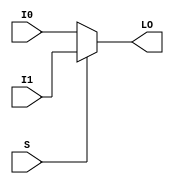
// $Header: /devl/xcs/repo/env/Databases/CAEInterfaces/verunilibs/data/unisims/MUXF6_L.v,v 1.11 2007/08/23 23:00:26 yanx Exp $
///////////////////////////////////////////////////////////////////////////////
// Copyright (c) 1995/2004 Xilinx, Inc.
// All Right Reserved.
///////////////////////////////////////////////////////////////////////////////
//   ____  ____
//  /   /\/   /
// /___/  \  /    Vendor : Xilinx
// \   \   \/     Version : 10.1
//  \   \         Description : Xilinx Functional Simulation Library Component
//  /   /                  2-to-1 Lookup Table Multiplexer with Local Output
// /___/   /\     Filename : MUXF6_L.v
// \   \  /  \    Timestamp : Thu Mar 25 16:42:55 PST 2004
//  \___\/\___\
//
// Revision:
//    03/23/04 - Initial version.
//    02/04/05 - Rev 0.0.1 Remove input/output bufs; Remove unnessasary begin/end;
//    05/10/07 - When input same, output same for any sel value. (CR434611).
//    08/23/07 - User block statement (CR446704).
// End Revision

`timescale  1 ps / 1 ps


module MUXF6_L (LO, I0, I1, S);

    output LO;
    reg    LO;

    input  I0, I1, S;

	always @(I0 or I1 or S) 
	    if (S)
		LO = I1;
	    else
		LO = I0;
endmodule